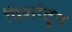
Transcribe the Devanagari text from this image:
दिशांतून